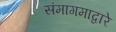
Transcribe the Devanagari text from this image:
संमागमाद्वारे